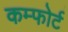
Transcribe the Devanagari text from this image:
कम्फोर्ट